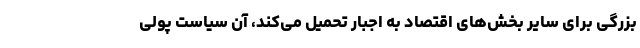
بزرگی برای سایر بخش‌های اقتصاد به اجبار تحمیل می‌کند، آن سیاست پولی